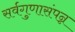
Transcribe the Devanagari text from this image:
सर्वगुणासंपन्न